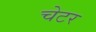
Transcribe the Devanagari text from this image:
चेटर